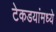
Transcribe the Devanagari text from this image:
टेकडयांमध्ये